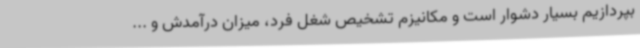
بپردازیم بسیار دشوار است و مکانیزم تشخیص شغل فرد، میزان درآمدش و ...